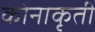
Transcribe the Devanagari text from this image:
कोनाकृती